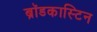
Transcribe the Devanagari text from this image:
ब्रॉडकास्टिन